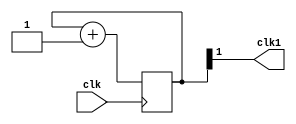
// Divide-by-4 frequency divider
module clock_divisor(clk1, clk);
input clk;
output clk1;

reg [1:0] num;
wire [1:0] next_num;

always @(posedge clk) begin
  num <= next_num;
end

assign next_num = num + 1'b1;
assign clk1 = num[1];

endmodule